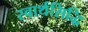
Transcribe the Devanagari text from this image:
स्वार्थसिद्धि